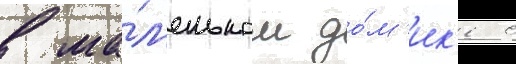
в ма́л'еньком до́м'ик'е с